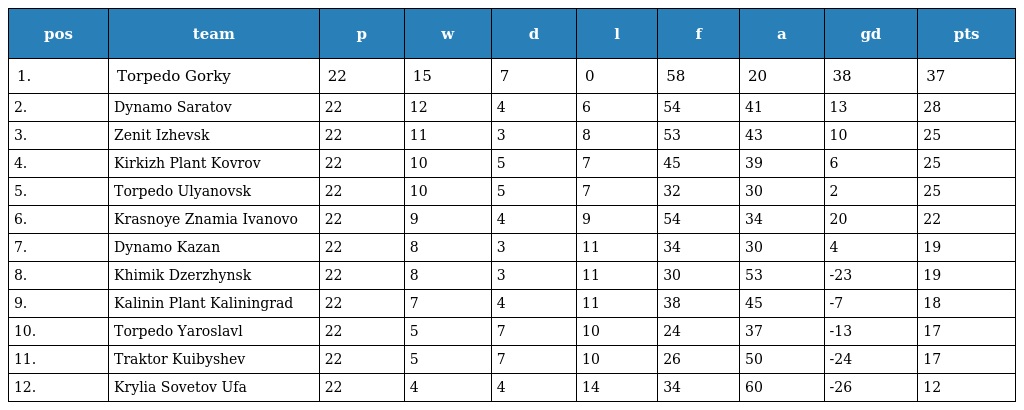
| pos | team | p | w | d | l | f | a | gd | pts |
 | --- | --- | --- | --- | --- | --- | --- | --- | --- | --- |
 | 1. | Torpedo Gorky | 22 | 15 | 7 | 0 | 58 | 20 | 38 | 37 |
 | 2. | Dynamo Saratov | 22 | 12 | 4 | 6 | 54 | 41 | 13 | 28 |
 | 3. | Zenit Izhevsk | 22 | 11 | 3 | 8 | 53 | 43 | 10 | 25 |
 | 4. | Kirkizh Plant Kovrov | 22 | 10 | 5 | 7 | 45 | 39 | 6 | 25 |
 | 5. | Torpedo Ulyanovsk | 22 | 10 | 5 | 7 | 32 | 30 | 2 | 25 |
 | 6. | Krasnoye Znamia Ivanovo | 22 | 9 | 4 | 9 | 54 | 34 | 20 | 22 |
 | 7. | Dynamo Kazan | 22 | 8 | 3 | 11 | 34 | 30 | 4 | 19 |
 | 8. | Khimik Dzerzhynsk | 22 | 8 | 3 | 11 | 30 | 53 | -23 | 19 |
 | 9. | Kalinin Plant Kaliningrad | 22 | 7 | 4 | 11 | 38 | 45 | -7 | 18 |
 | 10. | Torpedo Yaroslavl | 22 | 5 | 7 | 10 | 24 | 37 | -13 | 17 |
 | 11. | Traktor Kuibyshev | 22 | 5 | 7 | 10 | 26 | 50 | -24 | 17 |
 | 12. | Krylia Sovetov Ufa | 22 | 4 | 4 | 14 | 34 | 60 | -26 | 12 |